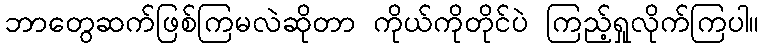
ဘာတွေဆက်ဖြစ်ကြမလဲဆိုတာ ကိုယ်ကိုတိုင်ပဲ ကြည့်ရှုလိုက်ကြပါ။